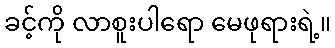
ခင့်ကို လာစူးပါရော မေဖုရားရဲ့။